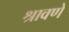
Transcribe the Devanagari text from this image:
श्रावणे